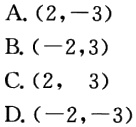
A. \((2,-3)\)
B. \((-2,3)\)
C. \((2, 3)\)
D. \((-2,-3)\)